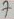
Text: 7